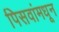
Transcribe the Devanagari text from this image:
पिसवांमधून